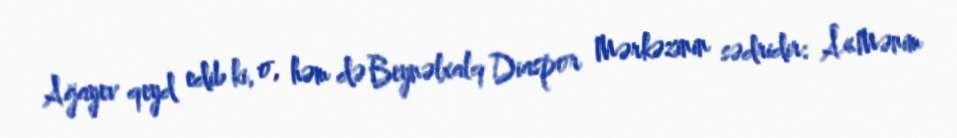
Ağayev qeyd edib ki, o, həm də Beynəlxalq Diaspor Mərkəzinin sədridir: Â«Mənim